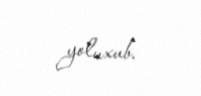
yoluxub.